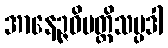
အာနေဉ္ဇဝိပတ္တိသမ္ပဒါ